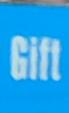
gift